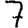
Digit: 7